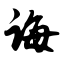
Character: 诲